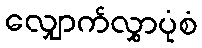
လျှောက်လွှာပုံစံ